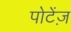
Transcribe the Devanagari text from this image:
पोटेंज़